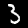
Label: 3